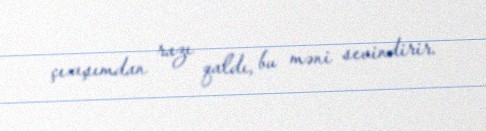
çıxışımdan razı qaldı, bu məni sevindirir.